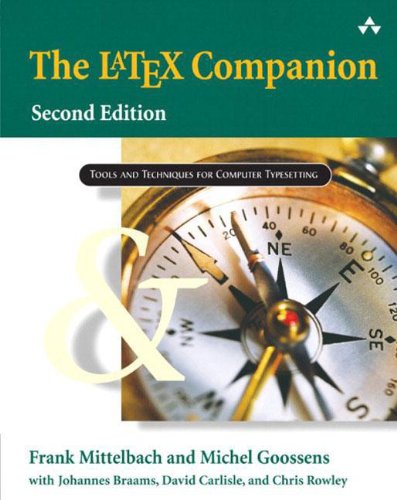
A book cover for The LaTeX Companion (Tools and Techniques for Computer Typesetting); Frank Mittelbach; Arts & Photography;